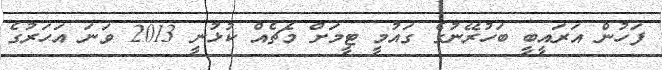
ފަހުން އަރައީބީ ބަހުރޭނުގެ ގައުމީ ޓީމަށް މެޗެއް ކުޅުނީ 2013 ވަނަ އަހަރުގެ